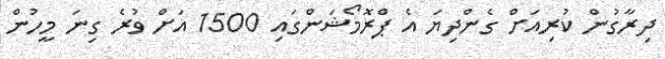
ދިރާގުން ކުރިއަށް ގެންދިޔަ އެ ޕްރޮމޯޝަންގައި 1500 އަށް ވުރެ ގިނަ މީހުން